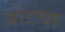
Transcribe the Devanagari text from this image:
थ्रोटचा